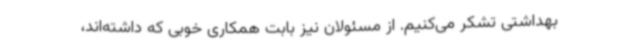
بهداشتی تشکر می‌کنیم. از مسئولان نیز بابت همکاری خوبی که داشته‌اند،